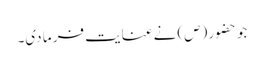
جو حضور (ص) نے عنایت فر ما دی۔